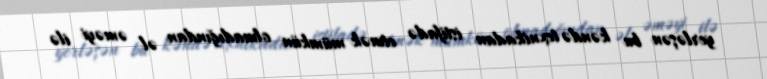
yerləşən bu kəndə texnikadan istifadə etmək mümkün olmadığından əl əməyi ilə